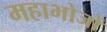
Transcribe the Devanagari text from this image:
महाभोजों